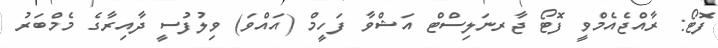
ފޮޓޯ: ރާއްޖެއެމްވީ ފޮޓޯ ޖާރނަލިސްޓް އަޝްވާ ފަހީމް (އައްވަ) ވިލުފުސީ ދާއިރާގެ މެމްބަރު